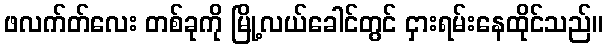
ဖလက်တ်လေး တစ်ခုကို မြို့လယ်ခေါင်တွင် ငှားရမ်းနေထိုင်သည်။